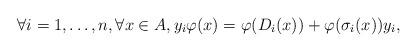
LaTeX: \begin{align*} \forall i = 1, \ldots, n, \forall x \in A, y_{i} \varphi(x) = \varphi(D_{i}(x)) + \varphi(\sigma_{i}(x)) y_{i},\end{align*}